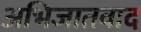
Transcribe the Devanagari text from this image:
अभिजातवाद